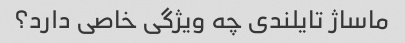
ماساژ تایلندی چه ویژگی خاصی دارد؟